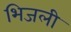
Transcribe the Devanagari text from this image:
भिजली